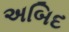
અબિદ